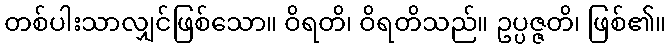
တစ်ပါးသာလျှင်ဖြစ်သော။ ဝိရတိ၊ ဝိရတိသည်။ ဥပ္ပဇ္ဇတိ၊ ဖြစ်၏။